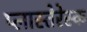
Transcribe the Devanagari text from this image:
प्लास्तेरेस्क